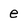
Character: e